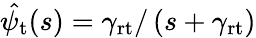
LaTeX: \hat{\psi_{\mathrm{t}}}(s)=\gamma_{\mathrm{rt}}/\left(s+\gamma_{\mathrm{rt}}\right)